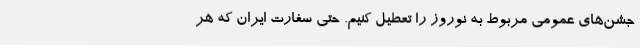
جشن‌های عمومی مربوط به نوروز را تعطیل کنیم. حتی سفارت ایران که هر